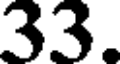
33.